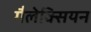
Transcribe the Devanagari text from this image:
गैलेक्सियन